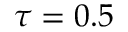
\tau = 0 . 5